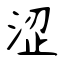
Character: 涩